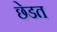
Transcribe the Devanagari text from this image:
छेडत